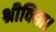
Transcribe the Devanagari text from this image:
श्रीविद्या।